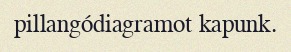
pillangódiagramot kapunk.